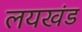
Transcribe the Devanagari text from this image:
लयखंड